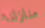
منازلنا